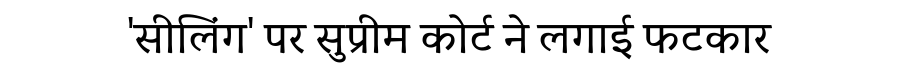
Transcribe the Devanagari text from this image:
'सीलिंग' पर सुप्रीम कोर्ट ने लगाई फटकार